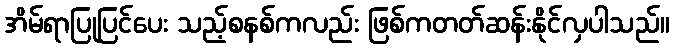
အိမ်ရာပြုပြင်ပေး သည့်စနစ်ကလည်း ဖြစ်ကတတ်ဆန်းနိုင်လှပါသည်။